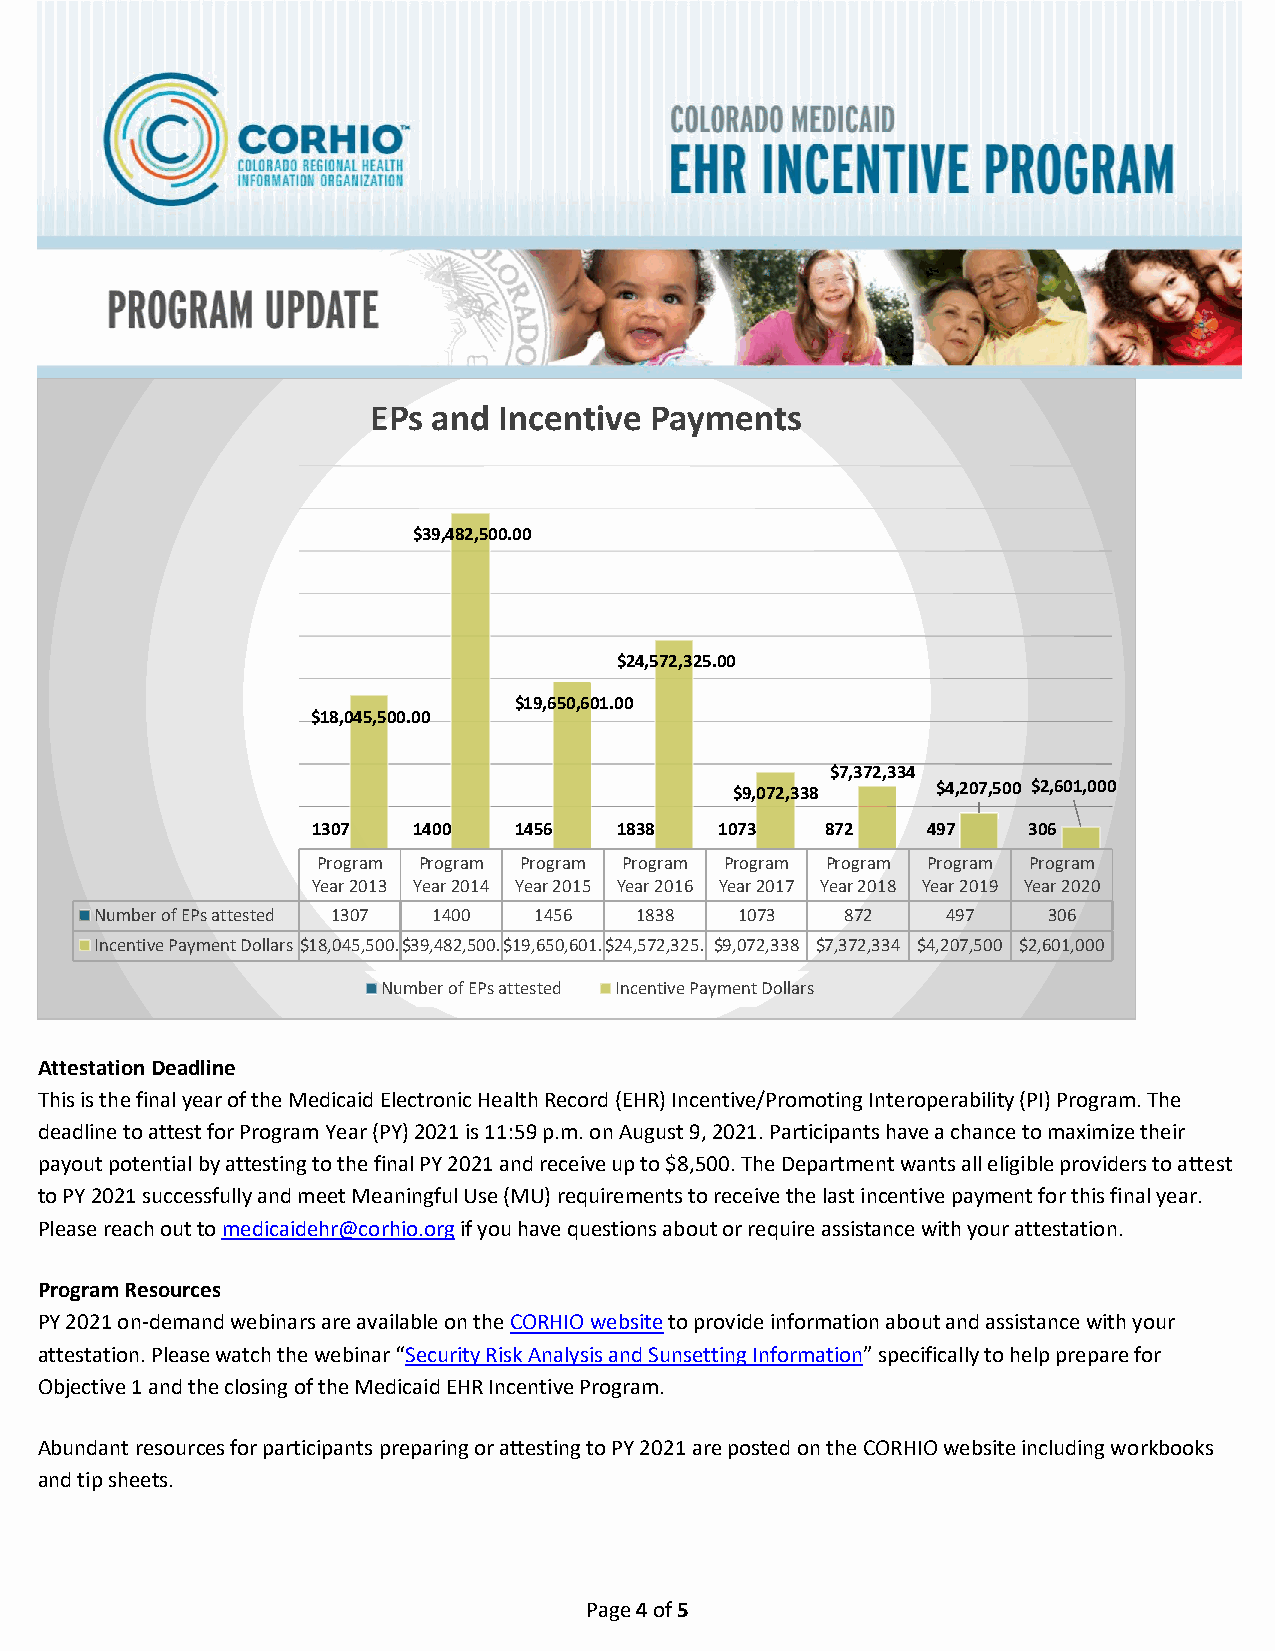
EPs and Incentive Payments
 $39,482,500.00
 $24,572,325.00
 $19,650,601.00
 $18,045,500.00
 $7,372,334
 $9,072,338   $4,207,500 $2,601,000
 1307  1400   1456   1838   1073   872   497    306
 Program Program Program Program Program Program Program Program
 Year 2013 Year 2014 Year 2015 Year 2016 Year 2017 Year 2018 Year 2019 Year 2020
 Number of EPs attested 1307 1400 1456 1838 1073   872    497   306
 Incentive Payment Dollars $18,045,500.$39,482,500.$19,650,601.$24,572,325. $9,072,338 $7,372,334 $4,207,500 $2,601,000
 Number of EPs attested Incentive Payment Dollars
 Attestation Deadline
 This is the final year of the Medicaid Electronic Health Record (EHR) Incentive/Promoting Interoperability (PI) Program. The
 deadline to attest for Program Year (PY) 2021 is 11:59 p.m. on August 9, 2021. Participants have a chance to maximize their
 payout potential by attesting to the final PY 2021 and receive up to $8,500. The Department wants all eligible providers to attest
 to PY 2021 successfully and meet Meaningful Use (MU) requirements to receive the last incentive payment for this final year.
 Please reach out to medicaidehr@corhio.org if you have questions about or require assistance with your attestation.
 Program Resources
 PY 2021 on-demand webinars are available on the CORHIO website to provide information about and assistance with your
 attestation. Please watch the webinar “Security Risk Analysis and Sunsetting Information” specifically to help prepare for
 Objective 1 and the closing of the Medicaid EHR Incentive Program.
 Abundant resources for participants preparing or attesting to PY 2021 are posted on the CORHIO website including workbooks
 and tip sheets.
 Page 4 of 5